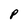
Character: P